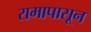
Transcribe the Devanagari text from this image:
रामापासून